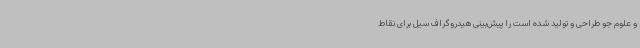
و علوم جو طراحی و تولید شده است را پیش‌بینی هیدروگراف سیل برای نقاط